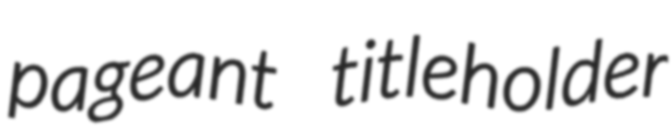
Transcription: pageant titleholder